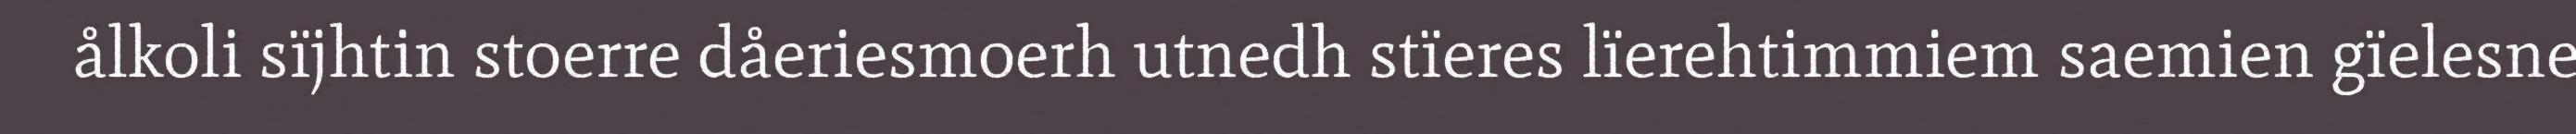
ålkoli sïjhtin stoerre dåeriesmoerh utnedh stïeres lïerehtimmiem saemien gïelesne